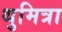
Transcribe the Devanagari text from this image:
थुमित्रा